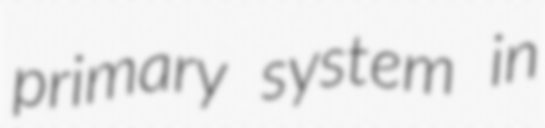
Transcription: primary system in